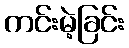
ကင်းမဲ့ခြင်း